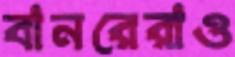
বানরেরাও